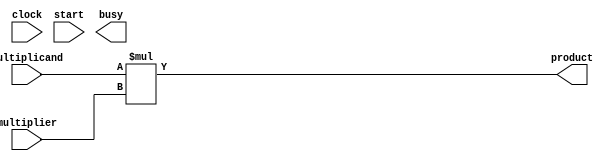
`timescale 1ns / 1ps
//////////////////////////////////////////////////////////////////////////////////
// Company: 
// Engineer: 
// 
// Design Name: 	 Gursimran Singh
// Module Name:    Booth_Multiplier_II 
// Project Name: 
// Target Devices: 
// Tool versions: 
// Description: 
//
// Dependencies: 
//
// Revision: 
// Revision 0.01 - File Created
// Additional Comments: 
//
//////////////////////////////////////////////////////////////////////////////////
module Booth_Multiplier_II (product,
									 multiplicand,
									 multiplier,
									 clock,
									 start,
									 busy);

	output [7:0] product;
	output busy;
	input signed [3:0] multiplicand, multiplier;					// To tell the synthesizer to treat this 4 bit input as signed
																				// instead of the 18 bit input that it does by default
	input clock, start;

	assign product = multiplicand * multiplier;					// uses the dedicated multiplier of FPGA

endmodule